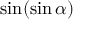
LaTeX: \sin ( \sin \alpha )